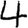
Digit: 4